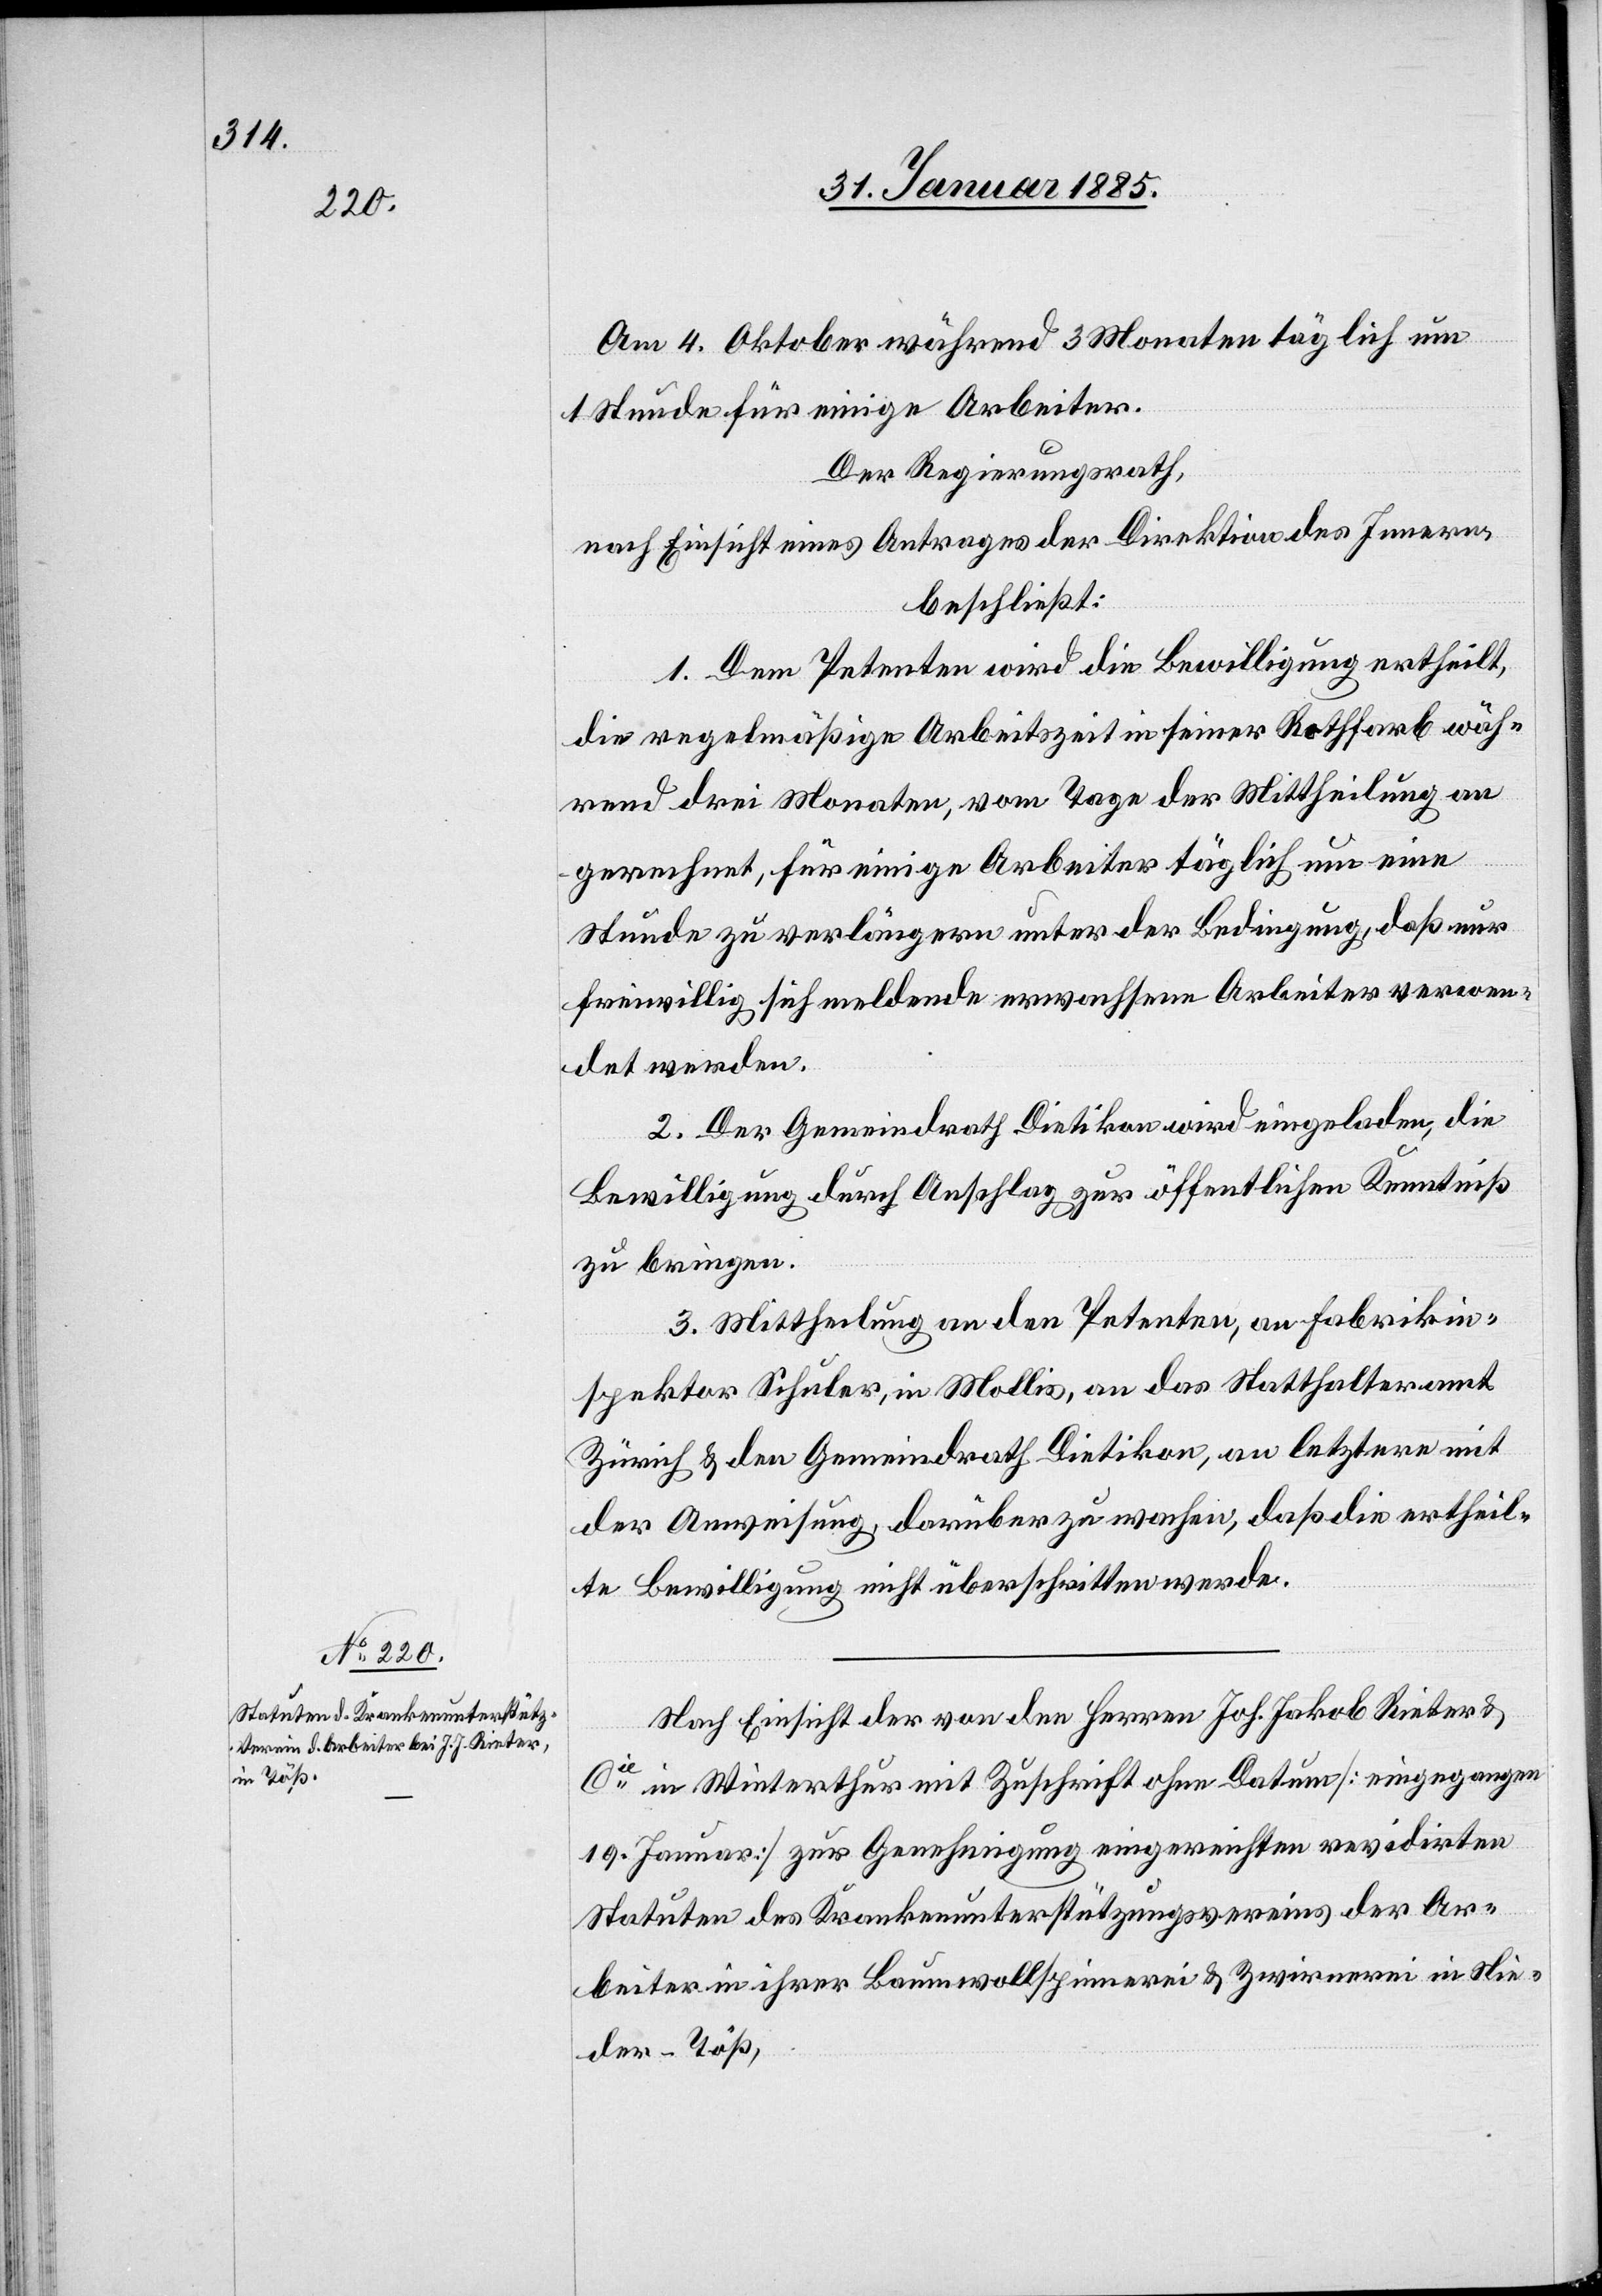
Am 4. Oktober während 3 Monate täglich um
1 Stunde für einige Arbeiter.
Der Regierungsrath,
nach Einsicht eines Antrags der Direktion des Innern,
beschließt:
1. Dem Petenten wird die Bewilligung ertheilt,
die regelmäßige Arbeitszeit in seiner Rothfarb wäh¬
rend drei Monaten, vom Tage der Mittheilung an
gerechnet, für einige Arbeiter täglich um eine
Stunde zu verlängern unter der Bedingung, das nur
freiwillig sich meldende erwachsene Arbeiter verwen¬
det werden.
2. Der Gemeindrath Dietikon wird eingeladen, die
Bewilligung durch Anschlag zur öffentlichen Kenntniß
zu bringen.
3. Mittheilung an den Petenten, an Fabrikin¬
spektor Schuler, in Mollis, an das Statthalteramt
Zürich & den Gemeindrath Dietikon, an letztern mit
der Anweisung, darüber zu wachen, daß die ertheil¬
te Bewilligung nicht überschritten werde.
Nach Einsicht der von den Herren Joh. Jakob Rieter &
Cie in Winterthur mit Zuschrift ohne Datum [eingegangen
19. Januar] zur Genehmigung eingereichten revidirten
Statuten des Krankenunterstützungsvereins der Ar¬
beiter in ihrer Baumwollspinnerei & Zwirnerei in Nie¬
der-Töß,